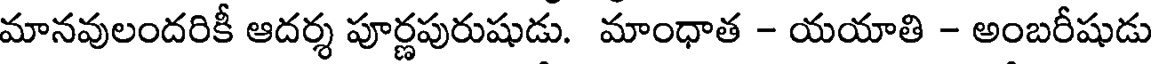
మానవులందరికీ ఆదర్శ పూర్ణపురుషుడు. మాంధాత - యయాతి - అంబరీషుడు